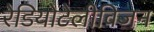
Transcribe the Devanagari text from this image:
रेडियोटेलीविजन